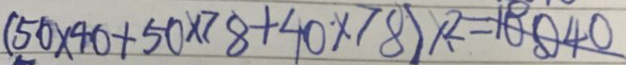
( 5 0 \times 4 0 + 5 0 \times 7 8 + 4 0 \times 7 8 ) \times 2 = 1 8 0 4 0